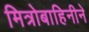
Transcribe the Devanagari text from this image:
मित्रोबाहिनीने